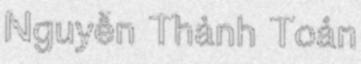
Nguyễn Thành Toản